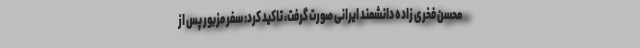
محسن فخری زاده دانشمند ایرانی صورت گرفت، تاکید کرد: سفر مزبور پس از